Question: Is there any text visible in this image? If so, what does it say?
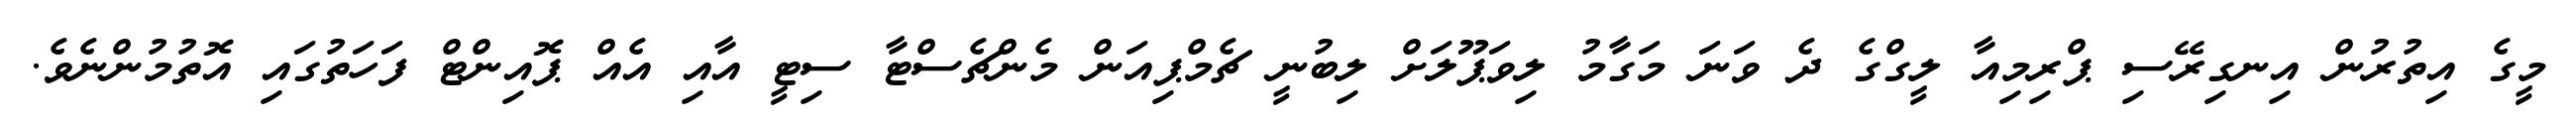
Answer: މީގެ އިތުރުން އިނގިރޭސި ޕްރިމިއާ ލީގްގެ ދެ ވަނަ މަގާމު ލިވަޕޫލަށް ލިބުނީ ޗެމްޕިއަން މެންޗެސްޓާ ސިޓީ އާއި އެއް ޕޮއިންޓް ފަހަތުގައި އޮތުމުންނެވެ.